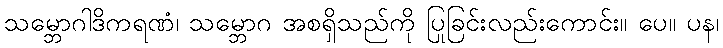
သမ္ဘောဂါဒိကရဏံ၊ သမ္ဘောဂ အစရှိသည်ကို ပြုခြင်းလည်းကောင်း။ ပေ။ ပန၊